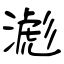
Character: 滮